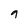
Character: 9